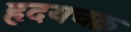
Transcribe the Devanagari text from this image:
हृदयचक्र